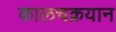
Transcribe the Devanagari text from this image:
कालचक्रयान